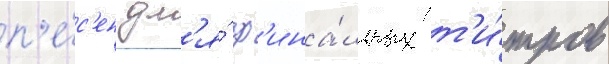
п'е́с'ен дл'я́ ф'ина́льных т'и́тров